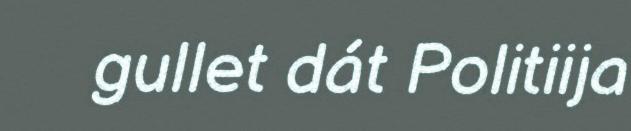
gullet dát Politiija